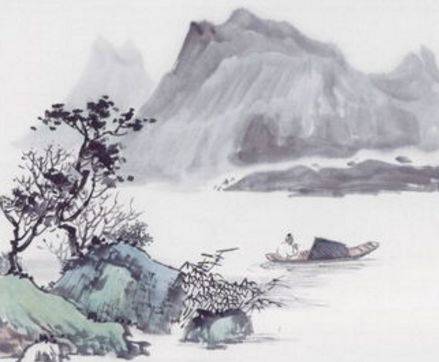
六翮飘飖私自怜，一离京洛十馀年。